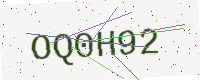
Text: OQ0H92